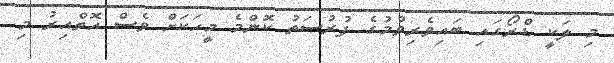
މި ލަކީ ޑްރޯގައި ބައިވެރިވުމުގެ ފުރުސަތު ކޮންމެ މީހަކަށް ވެސް އޮތްއިރު މި